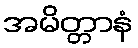
အမိတ္တာနံ